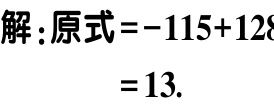
解：原式\(=-115 + 128\)

\(=13\).